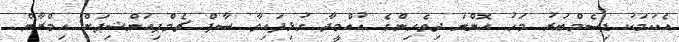
އެކަމަކު ޑިސެމްބަރު މަހު އޮންނަ ދިވެހިންގެ އުއްމީދާ ގުޅިފައިވާ ސާފް ޗެމްޕިއަންޝިޕަށް އިމްރާން